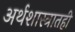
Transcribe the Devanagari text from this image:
अर्थशास्त्रातही